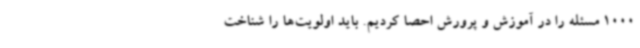
1000 مسئله را در آموزش و پرورش احصا کردیم. باید اولویت‌ها را شناخت